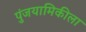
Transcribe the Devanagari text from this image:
पुंजयामिकीला